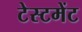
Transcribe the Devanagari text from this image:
टेस्टमेंट